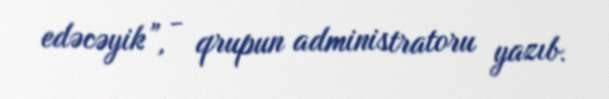
edəcəyik”, - qrupun administratoru yazıb.